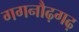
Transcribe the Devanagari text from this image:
गगनौढ़गढ़